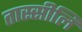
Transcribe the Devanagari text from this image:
तास्सीलि